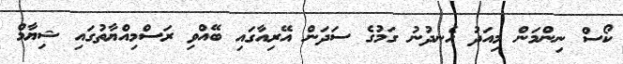
ކޯސް ނިންމަން މިއަދު ހެނދުނު ގަމުގެ ސަދަން އޭރިއާގައި ބޭއްވި ރަސްމިއްޔާތުގައި ޝިޔާމް